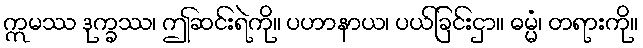
ဣမဿ ဒုက္ခဿ၊ ဤဆင်းရဲကို။ ပဟာနာယ၊ ပယ်ခြင်းငှာ။ ဓမ္မံ၊ တရားကို။